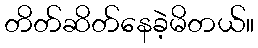
တိတ်ဆိတ်နေခဲ့မိတယ်။